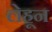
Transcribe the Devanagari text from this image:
लेहून